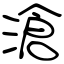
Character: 滄